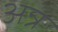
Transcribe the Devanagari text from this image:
अन्र